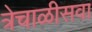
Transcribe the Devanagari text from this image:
त्रेचाळीसवा